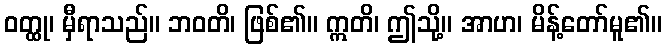
ဝတ္ထု၊ မှီရာသည်။ ဘဝတိ၊ ဖြစ်၏။ ဣတိ၊ ဤသို့။ အာဟ၊ မိန့်တော်မူ၏။